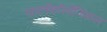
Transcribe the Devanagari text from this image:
गायनॅकॉलॉजिकल